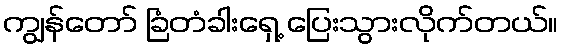
ကျွန်တော် ခြံတံခါးရှေ့ ပြေးသွားလိုက်တယ်။